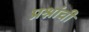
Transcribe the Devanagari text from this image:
प्रश्नांचीं